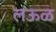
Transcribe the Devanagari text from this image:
लऊळ